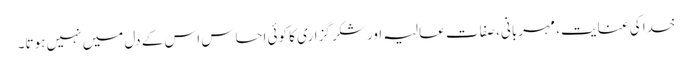
خدا کی عنایت، مہربانی، صفات عالیہ اور شکر گزاری کا کوئی احساس اس کے دل میں نہیں ہوتا۔